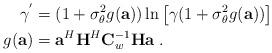
LaTeX: \begin{align*}\gamma^{'}&=(1+\sigma_{\theta}^2g(\mathbf{a})) \ln\left[\gamma(1+\sigma_{\theta}^2g(\mathbf{a}))\right] \\g(\mathbf{a})&=\mathbf{a}^H\mathbf{H}^H\mathbf{C}_w^{-1}\mathbf{H}\mathbf{a} \; .\end{align*}